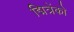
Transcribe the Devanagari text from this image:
द्मित्रेंको